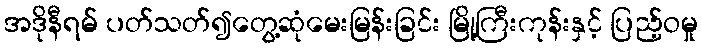
အဒိုနီရမ် ပတ်သတ်၍တွေ့ဆုံမေးမြန်းခြင်း မြို့ကြီးကုန်းနှင့် ပြည့်ဝမှု